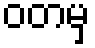
ဝတမှ